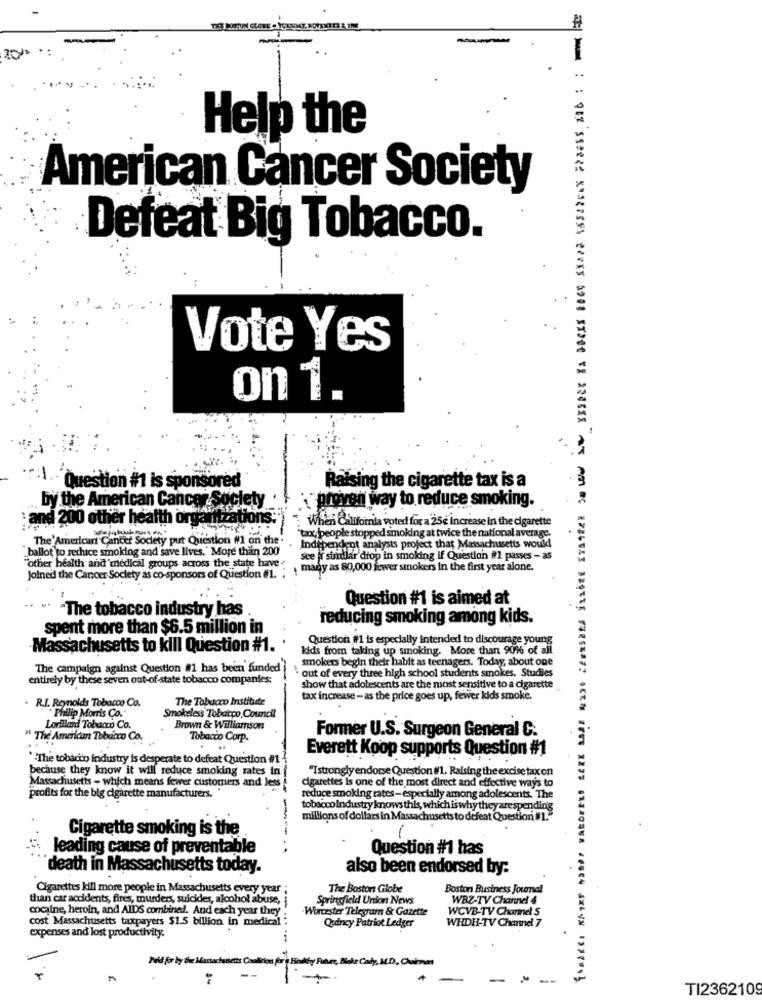
Help the
American Cancer Society
Defeat Big Tobacco.
Vote Yes
on 1.
Question #1 is sponsored
Raising the cigarette tax is a
by the American Cancer Society
"proven way to reduce smoking.
and 200 other health organizations:
When California voted for a 25e increase In the cigarette
tax, people stopped smoking at twice the national average.
The'American Cancer Society put Question #1 on the.
ballot to reduce smoking and save lives. ' More than 200
Independent analysts project that Massachusetts would
see if sindlar drop in smoking if Question #1 passes - as
"other health and medical groups across the state have+
many as 80,000 fewer smokers In the first year alone.
Joined the Cancer Society as co-sponsors of Question #1.
Question #1 is aimed at
-The tobacco industry has
reducing smoking among kids.
spent more than $6.5 million in
Question #1 is especially intended to discourage young
-Massachusetts to kill Question #1.
kids from taking up smoking. More than 9016 of all
smokers begin their habit as teenagers. Today, about one
The campaign against Question #1 has been funded
entirely by these seven out-of -state tobacco companies;
`out of every three high school students smokes. Studies
show that adolescents are the most sensitive to a cigarette
R.I. Reynolds Tobacco Co.
The Tobacco Institute
tax increase - as the price goes up, fewer kids smoke.
Philip Morris Co.
Smokeless Tobacpo, Council
Lorillard Tobacco Co.
Brown & Williamson
Former U.S. Surgeon General C.
" The American Tobacco Co.
Tobacco Corp.
Everett Koop supports Question #1
*The tobacco industry is desperate to defeat Question #1
because they know it will reduce smoking rates in
"Istrongly endorse Question #/1. Raising the excise tax on
Massachusetts - which means fewer customers and less
cigarettes is one of the most direct and effective ways to
profits for the big cigarette manufacturers.
reduce smoking rates- especially among adolescents. The
tobacco Industry knows this, which is why they are spending
millions of dollars in Massachusetts to defeat Question #1.
Cigarette smoking is the
1
leading cause of preventable
Question #1 has
death in Massachusetts today.
also been endorsed by:
Cigarettes kill more people in Massachusetts every year
The Boston Globe
Boston Business Journal
than car accidents, fires, murders, suicides, alcohol abuse,
Springfield Union News
WBZ-TV Channel 4
cocaine, heroin, and AIDS combined. And each year they
Worcester Telegram & Gazette
WCVB-TV Channel S
cost Massachusetts taxpayers $1.5 billion in medical
WHDH-TV Channel 7
Quincy Patriot Ledger
expenses and lost productivity.
Pod for by the Man
for ç Body Padre, Bakz Cały, M.D. Curzon
--
TI2362109